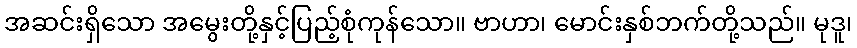
အဆင်းရှိသော အမွေးတို့နှင့်ပြည့်စုံကုန်သော။ ဗာဟာ၊ မောင်းနှစ်ဘက်တို့သည်။ မုဒူ၊